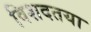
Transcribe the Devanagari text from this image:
विशदतया